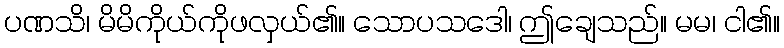
ပဏသိ၊ မိမိကိုယ်ကိုဖလှယ်၏။ သောပသဒေါ၊ ဤချေသည်။ မမ၊ ငါ၏။